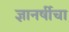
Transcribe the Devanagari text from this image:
ज्ञानर्षीचा